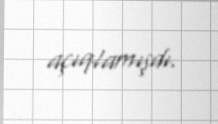
açıqlamışdı.